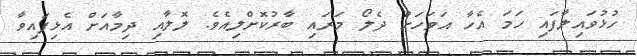
ހުޅުވައިލާފައި ހަމަ އެހާ އަވަހަށް ދެލޯ މަރައި ބާރުކޮށްލިއެވެ. ލޮލާއި ދިމާއަށް އެޅިފައިވާ